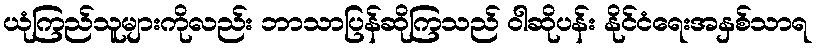
ယုံကြည်သူများကိုလည်း ဘာသာပြန်ဆိုကြသည် ဝါဆိုပန်း နိုင်ငံရေးအနှစ်သာရ